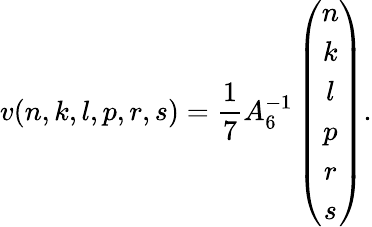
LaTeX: v(n,k,l,p,r,s)=\frac{1}{7}A_{6}^{-1}\left(\begin{array}{c}{{n}}\\ {{k}}\\ {{l}}\\ {{p}}\\ {{r}}\\ {{s}}\end{array}\right).